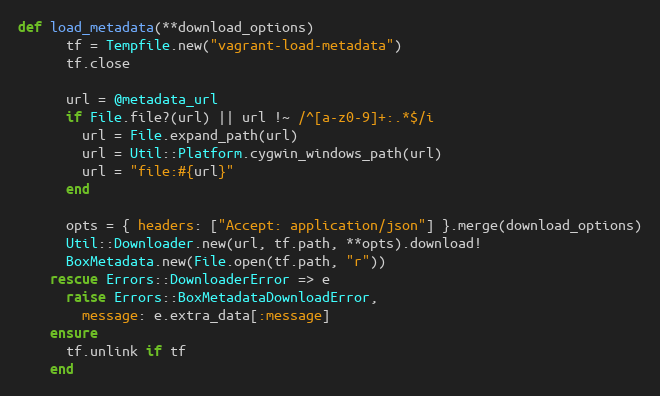
Language: Ruby
def load_metadata(**download_options)
      tf = Tempfile.new("vagrant-load-metadata")
      tf.close

      url = @metadata_url
      if File.file?(url) || url !~ /^[a-z0-9]+:.*$/i
        url = File.expand_path(url)
        url = Util::Platform.cygwin_windows_path(url)
        url = "file:#{url}"
      end

      opts = { headers: ["Accept: application/json"] }.merge(download_options)
      Util::Downloader.new(url, tf.path, **opts).download!
      BoxMetadata.new(File.open(tf.path, "r"))
    rescue Errors::DownloaderError => e
      raise Errors::BoxMetadataDownloadError,
        message: e.extra_data[:message]
    ensure
      tf.unlink if tf
    end